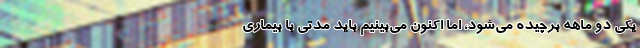
یکی دو ماهه برچیده می‌شود، اما اکنون می‌بینیم باید مدتی با بیماری